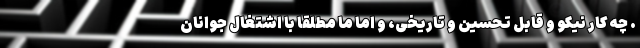
. چه کار نیکو و قابل تحسین و تاریخی، و اما ما مطلقاً با اشتغال جوانان